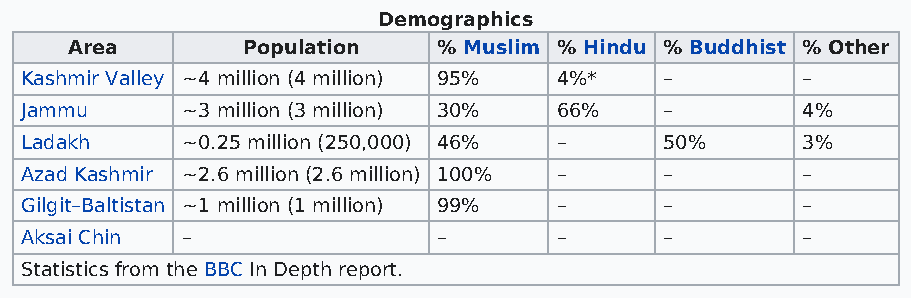
Demographics
 Area       Population   % Muslim % Hindu % Buddhist % Other
 Kashmir Valley ~4 million (4 million) 95% 4%* –     –
 Jammu      ~3 million (3 million) 30% 66%  –        4%
 Ladakh     ~0.25 million (250,000) 46% –   50%      3%
 Azad Kashmir ~2.6 million (2.6 million) 100% – –    –
 Gilgit–Baltistan ~1 million (1 million) 99% – –     –
 Aksai Chin –                –       –      –        –
 Statistics from the BBC In Depth report.